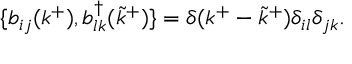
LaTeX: \{ b _ { i j } ( k ^ { + } ) , b _ { l k } ^ { \dagger } ( { \tilde { k } } ^ { + } ) \} = \delta ( k ^ { + } - { \tilde { k } } ^ { + } ) \delta _ { i l } \delta _ { j k } .